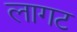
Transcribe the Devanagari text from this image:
लागट